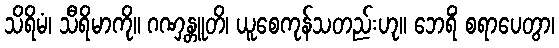
သိရိမံ၊ သီရိမာကို။ ဂဏှန္တူတိ၊ ယူစေကုန်သတည်းဟု။ ဘေရိံ စရာပေတွာ၊